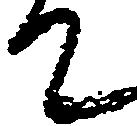
て